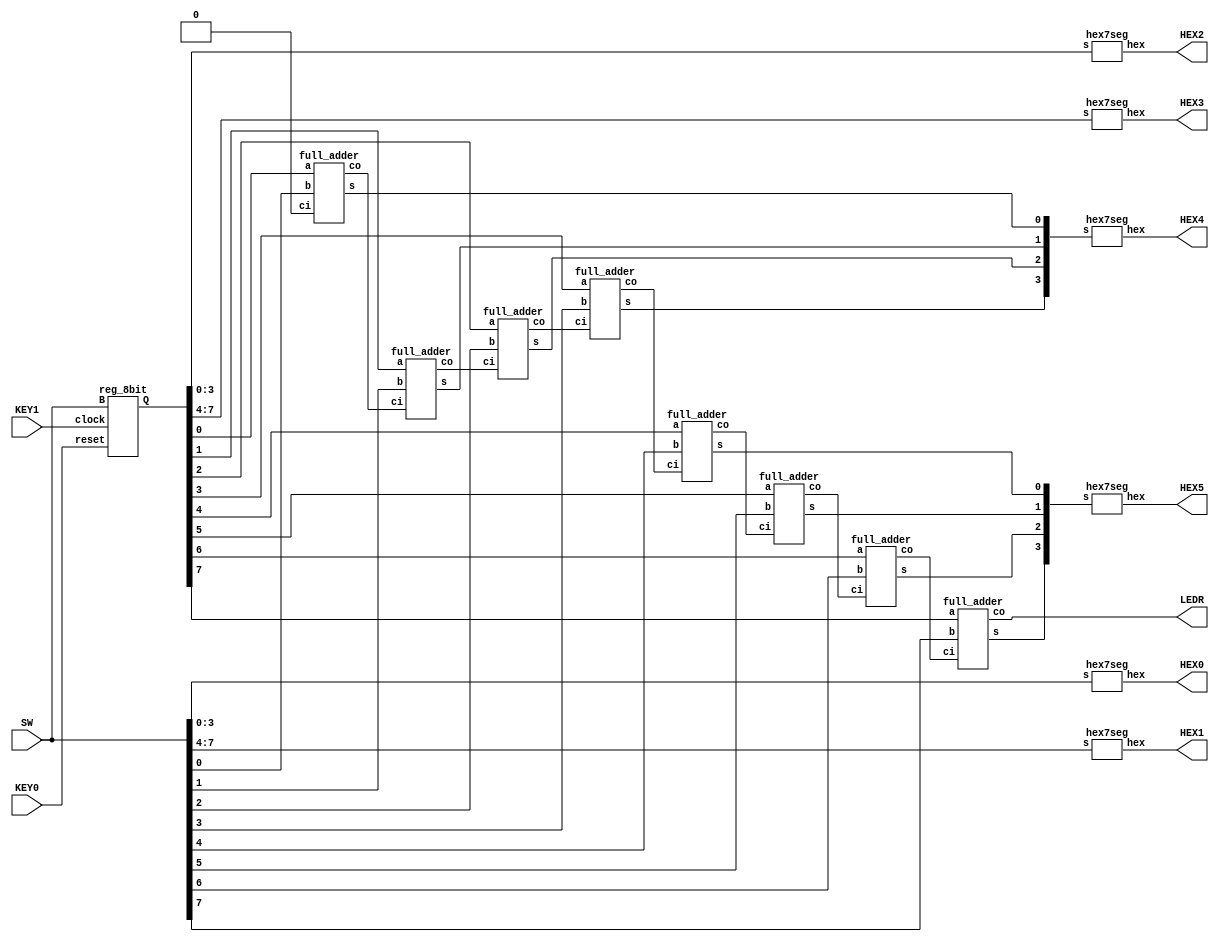
module part2(input [7:0]SW, input KEY0, KEY1, output [0:6]HEX0, HEX1, HEX2, HEX3, HEX4, HEX5, output [0:0]LEDR);
	wire [7:0]Q, S;
	
	reg_8bit A0(SW[7:0], KEY1, KEY0, Q[7:0]);
	
	//display B
	hex7seg d0(SW[3:0], HEX0);
	hex7seg d1(SW[7:4], HEX1);
	//display A
	hex7seg d2(Q[3:0], HEX2); 
	hex7seg d3(Q[7:4], HEX3); 
	
	wire c0, c1, c2, c3, c4, c5, c6; 
	
	// add up the two 8bit numbers
	full_adder x0(Q[0], SW[0], 1'b0, S[0], c0);
	full_adder x1(Q[1], SW[1], c0, S[1], c1);
	full_adder x2(Q[2], SW[2], c1, S[2], c2);
	full_adder x3(Q[3], SW[3], c2, S[3], c3);
	full_adder x4(Q[4], SW[4], c3, S[4], c4);
	full_adder x5(Q[5], SW[5], c4, S[5], c5);
	full_adder x6(Q[6], SW[6], c5, S[6], c6);
	full_adder x7(Q[7], SW[7], c6, S[7], LEDR[0]); 
	
	//display the sum
	hex7seg d4(S[3:0], HEX4);
	hex7seg d5(S[7:4], HEX5);
endmodule

module reg_8bit(input [7:0]B, input clock, reset, output reg [7:0]Q);
	always@(negedge reset, posedge clock)
		if(!reset)
			Q <= 8'b0;
		else
			Q <= B;
endmodule

module full_adder(input a, b, ci, output s, co);
	wire d;
	assign d = a^b; 
	mux2to1 U0(b, ci, d, co);
	assign s = ci^d;
endmodule 

module mux2to1(input a, b, s, output f);
	assign f = (~s&a)|(s&b);
endmodule

module hex7seg(input [3:0]s, output [0:6]hex);
	assign hex[0]=(~s[3]&~s[2]&~s[1]& s[0]) | (~s[3]& s[2]&~s[1]&~s[0]) | ( s[3]&~s[2]& s[1]& s[0]) | ( s[3]& s[2]&~s[1]& s[0]);
	assign hex[1]=(~s[3]& s[2]&~s[1]& s[0]) | (~s[3]& s[2]& s[1]&~s[0]) | ( s[3]&~s[2]& s[1]& s[0]) | ( s[3]& s[2]&~s[1]&~s[0]) | ( s[3]& s[2]& s[1]);
	assign hex[2]=(~s[3]&~s[2]& s[1]&~s[0]) | ( s[3]& s[2]&~s[1]&~s[0]) | ( s[3]& s[2]& s[1]);
	assign hex[3]=(~s[3]&~s[2]&~s[1]& s[0]) | (~s[3]& s[2]&~s[1]&~s[0]) | (~s[3]& s[2]& s[1]& s[0]) | ( s[3]&~s[2]& s[1]&~s[0]) | ( s[3]& s[2]& s[1]& s[0]);
	assign hex[4]=(~s[3]&~s[2]&~s[1]& s[0]) | (~s[3]&~s[2]& s[1]& s[0]) | (~s[3]& s[2]&~s[1]&~s[0]) | ( s[3]&~s[2]&~s[1]& s[0]) | (~s[3]& s[2]& s[0]);
	assign hex[5]=(~s[3]&~s[2]&~s[1]& s[0]) | (~s[3]& s[2]& s[1]& s[0]) | ( s[3]& s[2]&~s[1]& s[0]) | (~s[3]&~s[2]& s[1]);
	assign hex[6]=(~s[3]& s[2]& s[1]& s[0]) | ( s[3]& s[2]&~s[1]&~s[0]) | (~s[3]&~s[2]&~s[1]);
endmodule